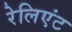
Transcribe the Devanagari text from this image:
रेलिएंट